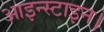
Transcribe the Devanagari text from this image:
आइन्स्टाइन।